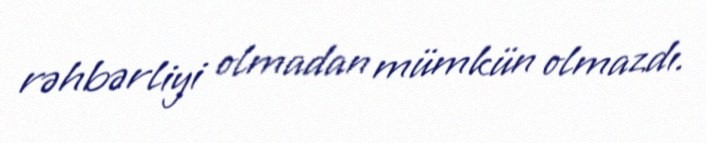
rəhbərliyi olmadan mümkün olmazdı.